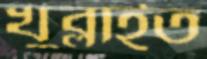
খুব্‌লাইত